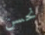
نحسن